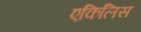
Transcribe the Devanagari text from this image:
एकिलिस